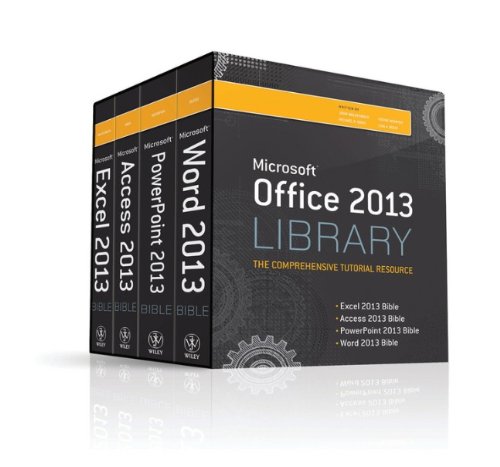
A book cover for Office 2013 Library Excel 2013 Bible, Access 2013 Bible, PowerPoint 2013 Bible, Word 2013 Bible; Lisa A. Bucki; Computers & Technology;